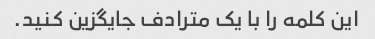
این کلمه را با یک مترادف جایگزین کنید.